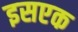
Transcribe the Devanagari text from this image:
इसएक